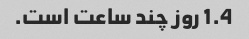
1.4 روز چند ساعت است.